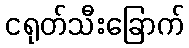
ငရုတ်သီးခြောက်